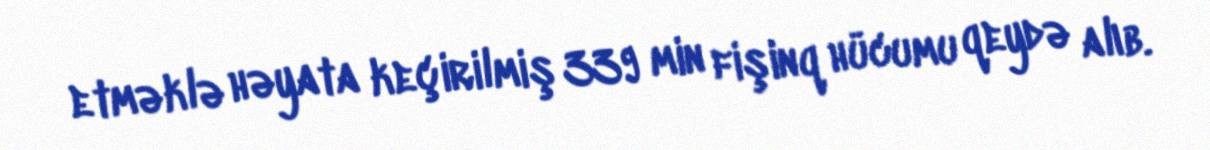
etməklə həyata keçirilmiş 339 min fişinq hücumu qeydə alıb.